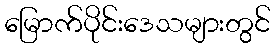
မြောက်ပိုင်းဒေသများတွင်